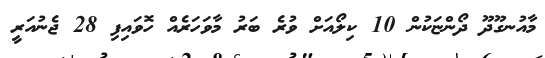
މާއުނގޫދޫ ދޯންޏަކުން 10 ކިލޯއަށް ވުރެ ބަރު މާވަހަރެއް ހޮވައިފި 28 ޖެނުއަރީ